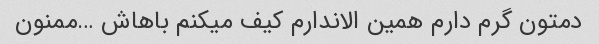
دمتون گرم دارم همین الاندارم کیف میکنم باهاش …ممنون